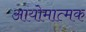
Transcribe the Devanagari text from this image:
आयोमात्मक